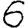
Digit: 6